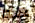
هذه